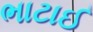
ભાટાઈ